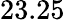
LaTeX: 23.25